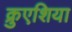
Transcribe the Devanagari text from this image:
क्रुएशिया